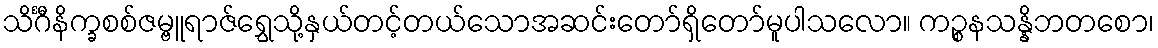
သိင်္ဂီနိက္ခစစ်ဇမ္ဗူရာဇ်ရွှေသို့နှယ်တင့်တယ်သောအဆင်းတော်ရှိတော်မူပါသလော။ ကဉ္စနသန္နိဘတစော၊